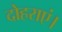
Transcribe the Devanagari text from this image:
दोहराएं।